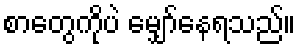
စာတွေကိုပဲ မျှော်နေရသည်။